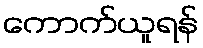
ကောက်ယူရန်